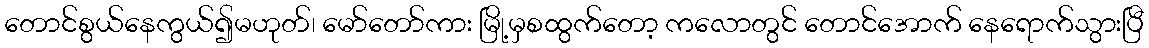
တောင်စွယ်နေကွယ်၍မဟုတ်၊ မော်တော်ကား မြို့မှစထွက်တော့ ကလောတွင် တောင်အောက် နေရောက်သွားပြီ